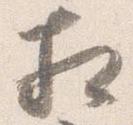
相